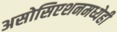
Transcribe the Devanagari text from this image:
असोसिएशनमध्येही